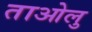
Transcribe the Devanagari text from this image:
ताओलु